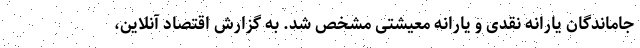
جاماندگان یارانه نقدی و یارانه معیشتی مشخص شد. به گزارش اقتصاد آنلاین،